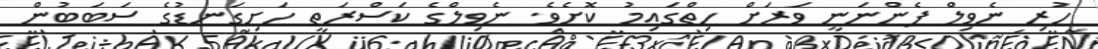
ހުރި ނެވިލް ފެންނަނީ ވަރަށް ހިތްގައިމު ކޮށެވެ. ނެވިލްގެ ކަސްރަތީ ހަށިގަނޑުގެ ސަބަބުން